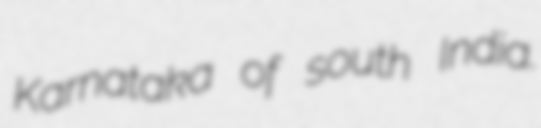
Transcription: Karnataka of south India.